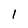
Character: 1